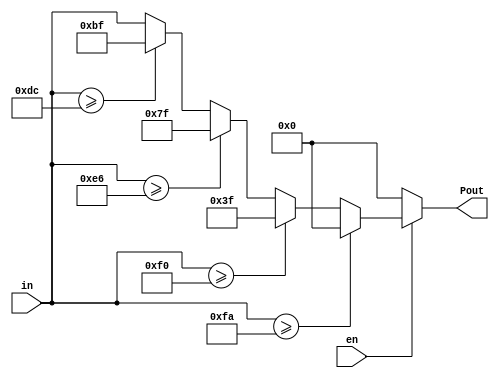
module Predict(en,in,Pout);

input      en;
input [7:0]in;
output[7:0]Pout;
reg [7:0]Pout;

always@(en or in)
begin
if(en==0)
Pout<=0;
else
begin
if(in >= 8'd250)
Pout<=0;
else if(in>=8'd240)
Pout<=8'd63;
else if(in>=8'd230)
Pout<=8'd127;
else if(in>=8'd220)
Pout<=8'd191;
else
Pout<=in;
end
end
endmodule